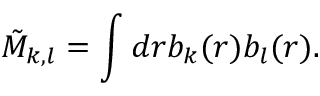
\tilde { M } _ { k , l } = \int d \boldsymbol { r } b _ { k } ( \boldsymbol { r } ) b _ { l } ( \boldsymbol { r } ) .